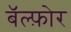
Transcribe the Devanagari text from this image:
बॅल्फ़ोर